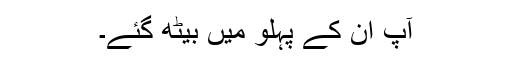
آپ ان کے پہلو میں بیٹھ گئے۔